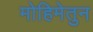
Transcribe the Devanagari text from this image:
मोहिमेतुन